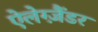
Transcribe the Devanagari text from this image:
ऐलेग्ज़ैंडर